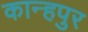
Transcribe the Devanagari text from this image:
कान्हपुर